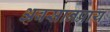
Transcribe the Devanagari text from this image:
अवसानप्राय